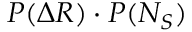
P ( \Delta R ) \cdot P ( N _ { S } )